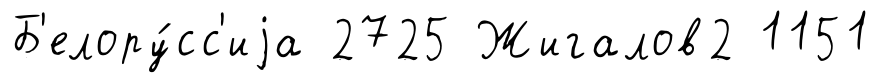
Б'елору́сс'иjа 2725 Жигалов2 1151